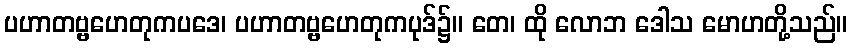
ပဟာတဗ္ဗဟေတုကပဒေ၊ ပဟာတဗ္ဗဟေတုကပုဒ်၌။ တေ၊ ထို လောဘ ဒေါသ မောဟတို့သည်။